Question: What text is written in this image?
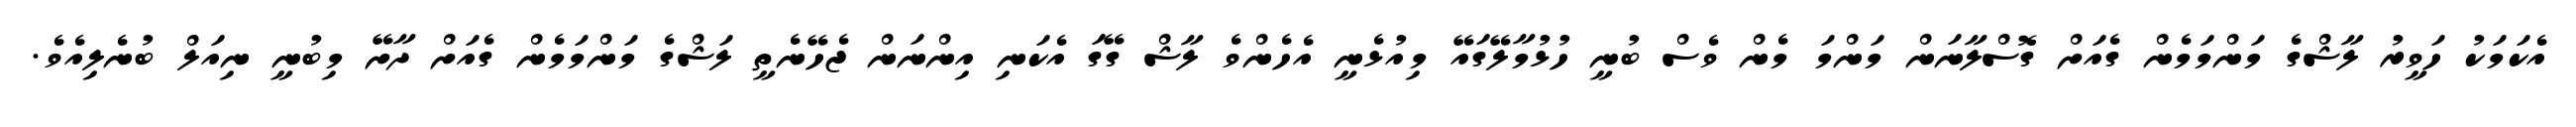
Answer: އެކަމަކު ހަވީރު ލާޝްގެ މަންމަމެން ގެއަށް ގޮސްލާނަން މަންމަ މެން ވެސް ބުނީ ހުޅުމާލޭގައޭ މިއުޅެނީ އެހެންވެ ލާޝް ގޭގަ އެކަނި އިންނަން ޖެހޭނެތީ ލަޝްގެ މަންމަމެން ގެއަށް ދާށޭ މިބުނީ ނިއަލް ބުނެލިއެވެ.